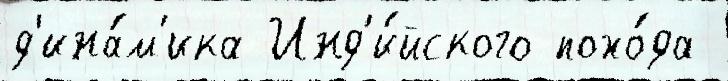
д'ина́м'ика Инд'и́йского похо́да